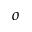
o